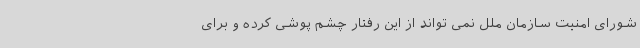
شورای امنیت سازمان ملل نمی تواند از این رفتار چشم پوشی کرده و برای